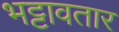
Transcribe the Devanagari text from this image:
भट्टावतार